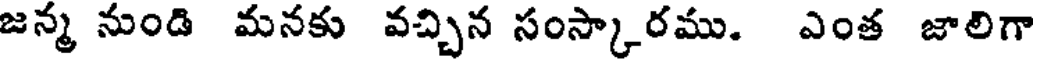
జన్మ నుండి మనకు వచ్చిన సంస్కారము. ఎంత జాలిగా